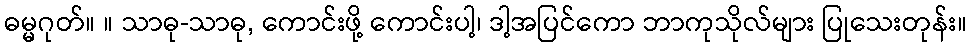
ဓမ္မဂုတ်။ ။ သာဓု-သာဓု, ကောင်းဖို့ ကောင်းပါ့၊ ဒါ့အပြင်ကော ဘာကုသိုလ်များ ပြုသေးတုန်း။